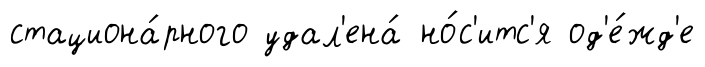
стациона́рного удал'ена́ но́с'итс'я од'е́жд'е